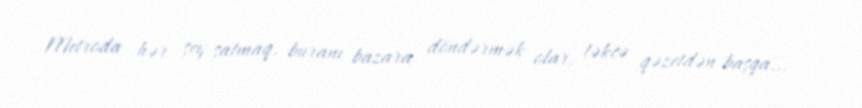
Metroda hər şey satmaq, buranı bazara döndərmək olar, təkcə qəzetdən başqa...